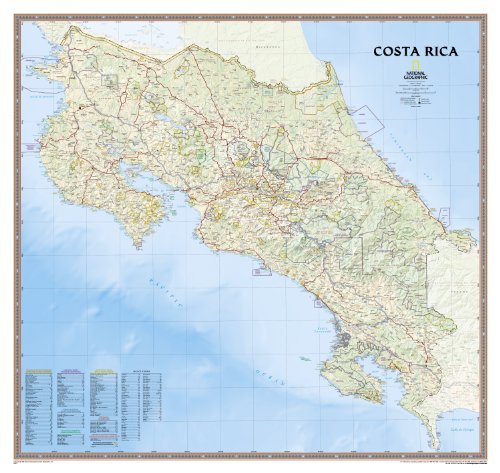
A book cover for Costa Rica [Tubed] (National Geographic Reference Map); National Geographic Maps - Reference; Travel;